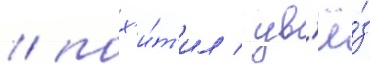
/ пох'и́т'ил / ув'ё́з